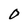
Character: O